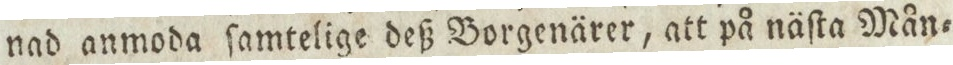
nad anmoda ſamtelige deß Borgenärer, att på näſta Mån=